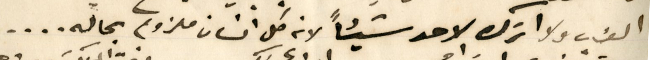
العزب ولا اترك لاحد شيئاً لانه كل انسان ملزوم بحاله....